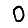
Digit: 0